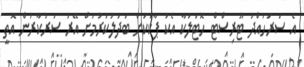
އެ ސަރަހައްދު ޓޫރިސްޓް ހޮޓަލަކާ އެކު ޕާކަކަށް ބަދަލުކުރުމަށް އޭރު ސަރުކާރުން އޮތީ